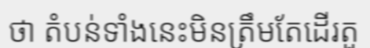
ថា តំបន់ទាំងនេះមិនត្រឹមតែដើរតួ